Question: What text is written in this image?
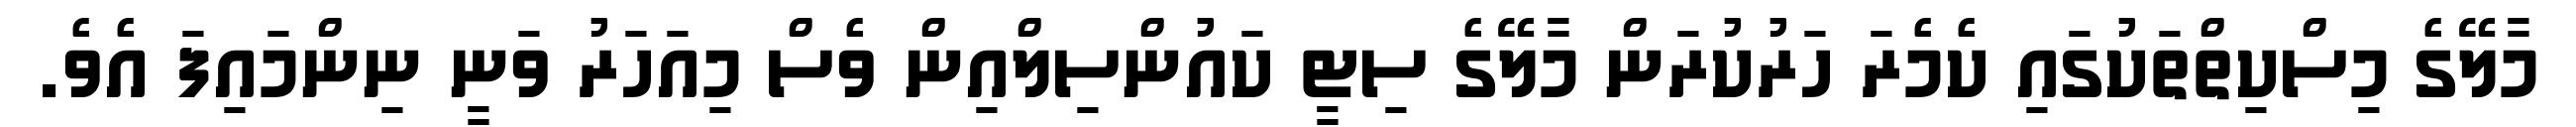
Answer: މާލޭގެ މިސްކިތްތަކުގައި ކެމެރަ ހަރުކުރަން މާލޭގެ ސިޓީ ކައުންސިލްއިން ވެސް މިއަހަރު ވަނީ ނިންމައިފަ އެވެ.